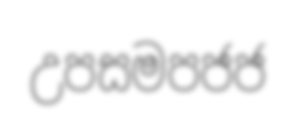
උපසමපජජ